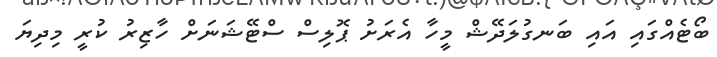
ބޯޓެއްގައި އައި ބަނގުލަދޭޝް މީހާ އެރަށު ޕޮލިސް ސްޓޭޝަނަށް ހާޒިރު ކުރީ މިދިޔަ